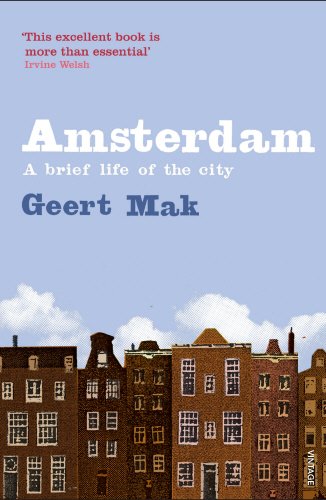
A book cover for Amsterdam: The Brief Life of a City; Geert Mak; History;